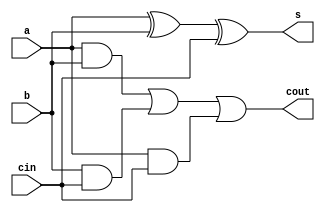
`timescale 1ns / 1ps
//////////////////////////////////////////////////////////////////////////////////
// Company: 
// Engineer: 
// 
// Design Name: 
// Module Name: full_adder_1
// Project Name: 
// Target Devices: 
// Tool Versions: 
// Description: 
// 
// Dependencies: 
// 
// Revision:
// Revision 0.01 - File Created
// Additional Comments:
// 
//////////////////////////////////////////////////////////////////////////////////


module full_adder_1(
    input a , b ,cin, output s , cout
    );
    assign s=a^b^cin;
    assign cout = a&b|b&cin |a&cin;
    
endmodule